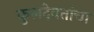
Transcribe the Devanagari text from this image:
कुलदेवतांचा